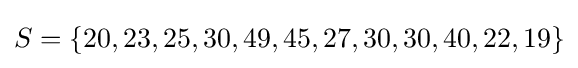
S=\{20,23,25,30,49,45,27,30,30,40,22,19\}